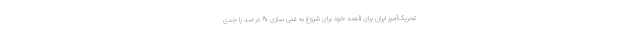
تحریک‌آمیز ایران برای قصد خود برای شروع به غنی سازی ۶۰ درصد را جدی